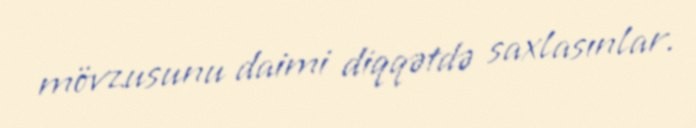
mövzusunu daimi diqqətdə saxlasınlar.